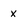
Character: x